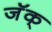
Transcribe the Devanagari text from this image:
जॅक्